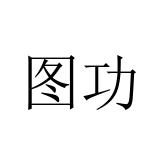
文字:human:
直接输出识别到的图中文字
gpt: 图功